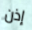
إذن